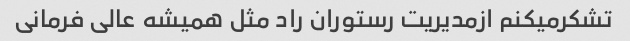
تشکرمیکنم ازمدیریت رستوران راد مثل همیشه عالی فرمانی